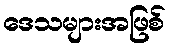
ဒေသများအဖြစ်